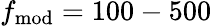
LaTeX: f_{\mathrm{mod}}=100-500